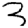
Digit: 3